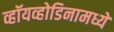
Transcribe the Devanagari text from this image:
व्हॉयव्होडिनामध्ये